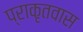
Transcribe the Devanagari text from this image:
प्राकृतवास